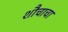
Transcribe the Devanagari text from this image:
शौचाचा